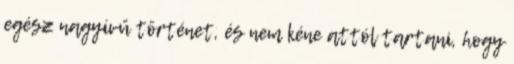
egész nagyívű történet, és nem kéne attól tartani, hogy